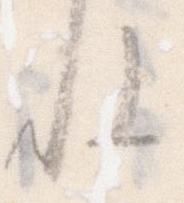
ね